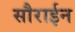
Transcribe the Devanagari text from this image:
सौराईन